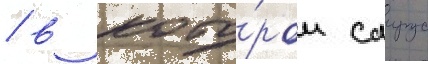
/ в кото́ром саирус